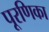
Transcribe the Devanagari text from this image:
पूरणिका